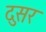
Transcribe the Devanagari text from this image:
दुसर